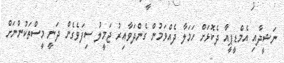
ނަޝީދާއި އެމްޑީޕީއާ ދެކޮޅަށް ހަމަލާ ދެއްވަމުން ގެންދަވާއިރު ޖަމީލު ސިފަވެގެން ދަނީ މީސްތަކުންނަށް